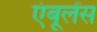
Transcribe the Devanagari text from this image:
एंबूलेंस